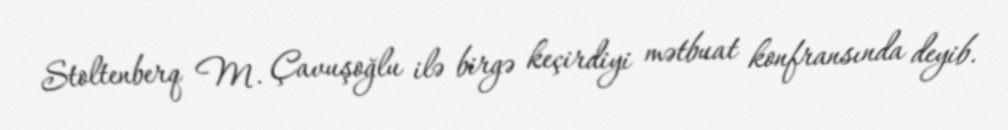
Stoltenberq M. Çavuşoğlu ilə birgə keçirdiyi mətbuat konfransında deyib.